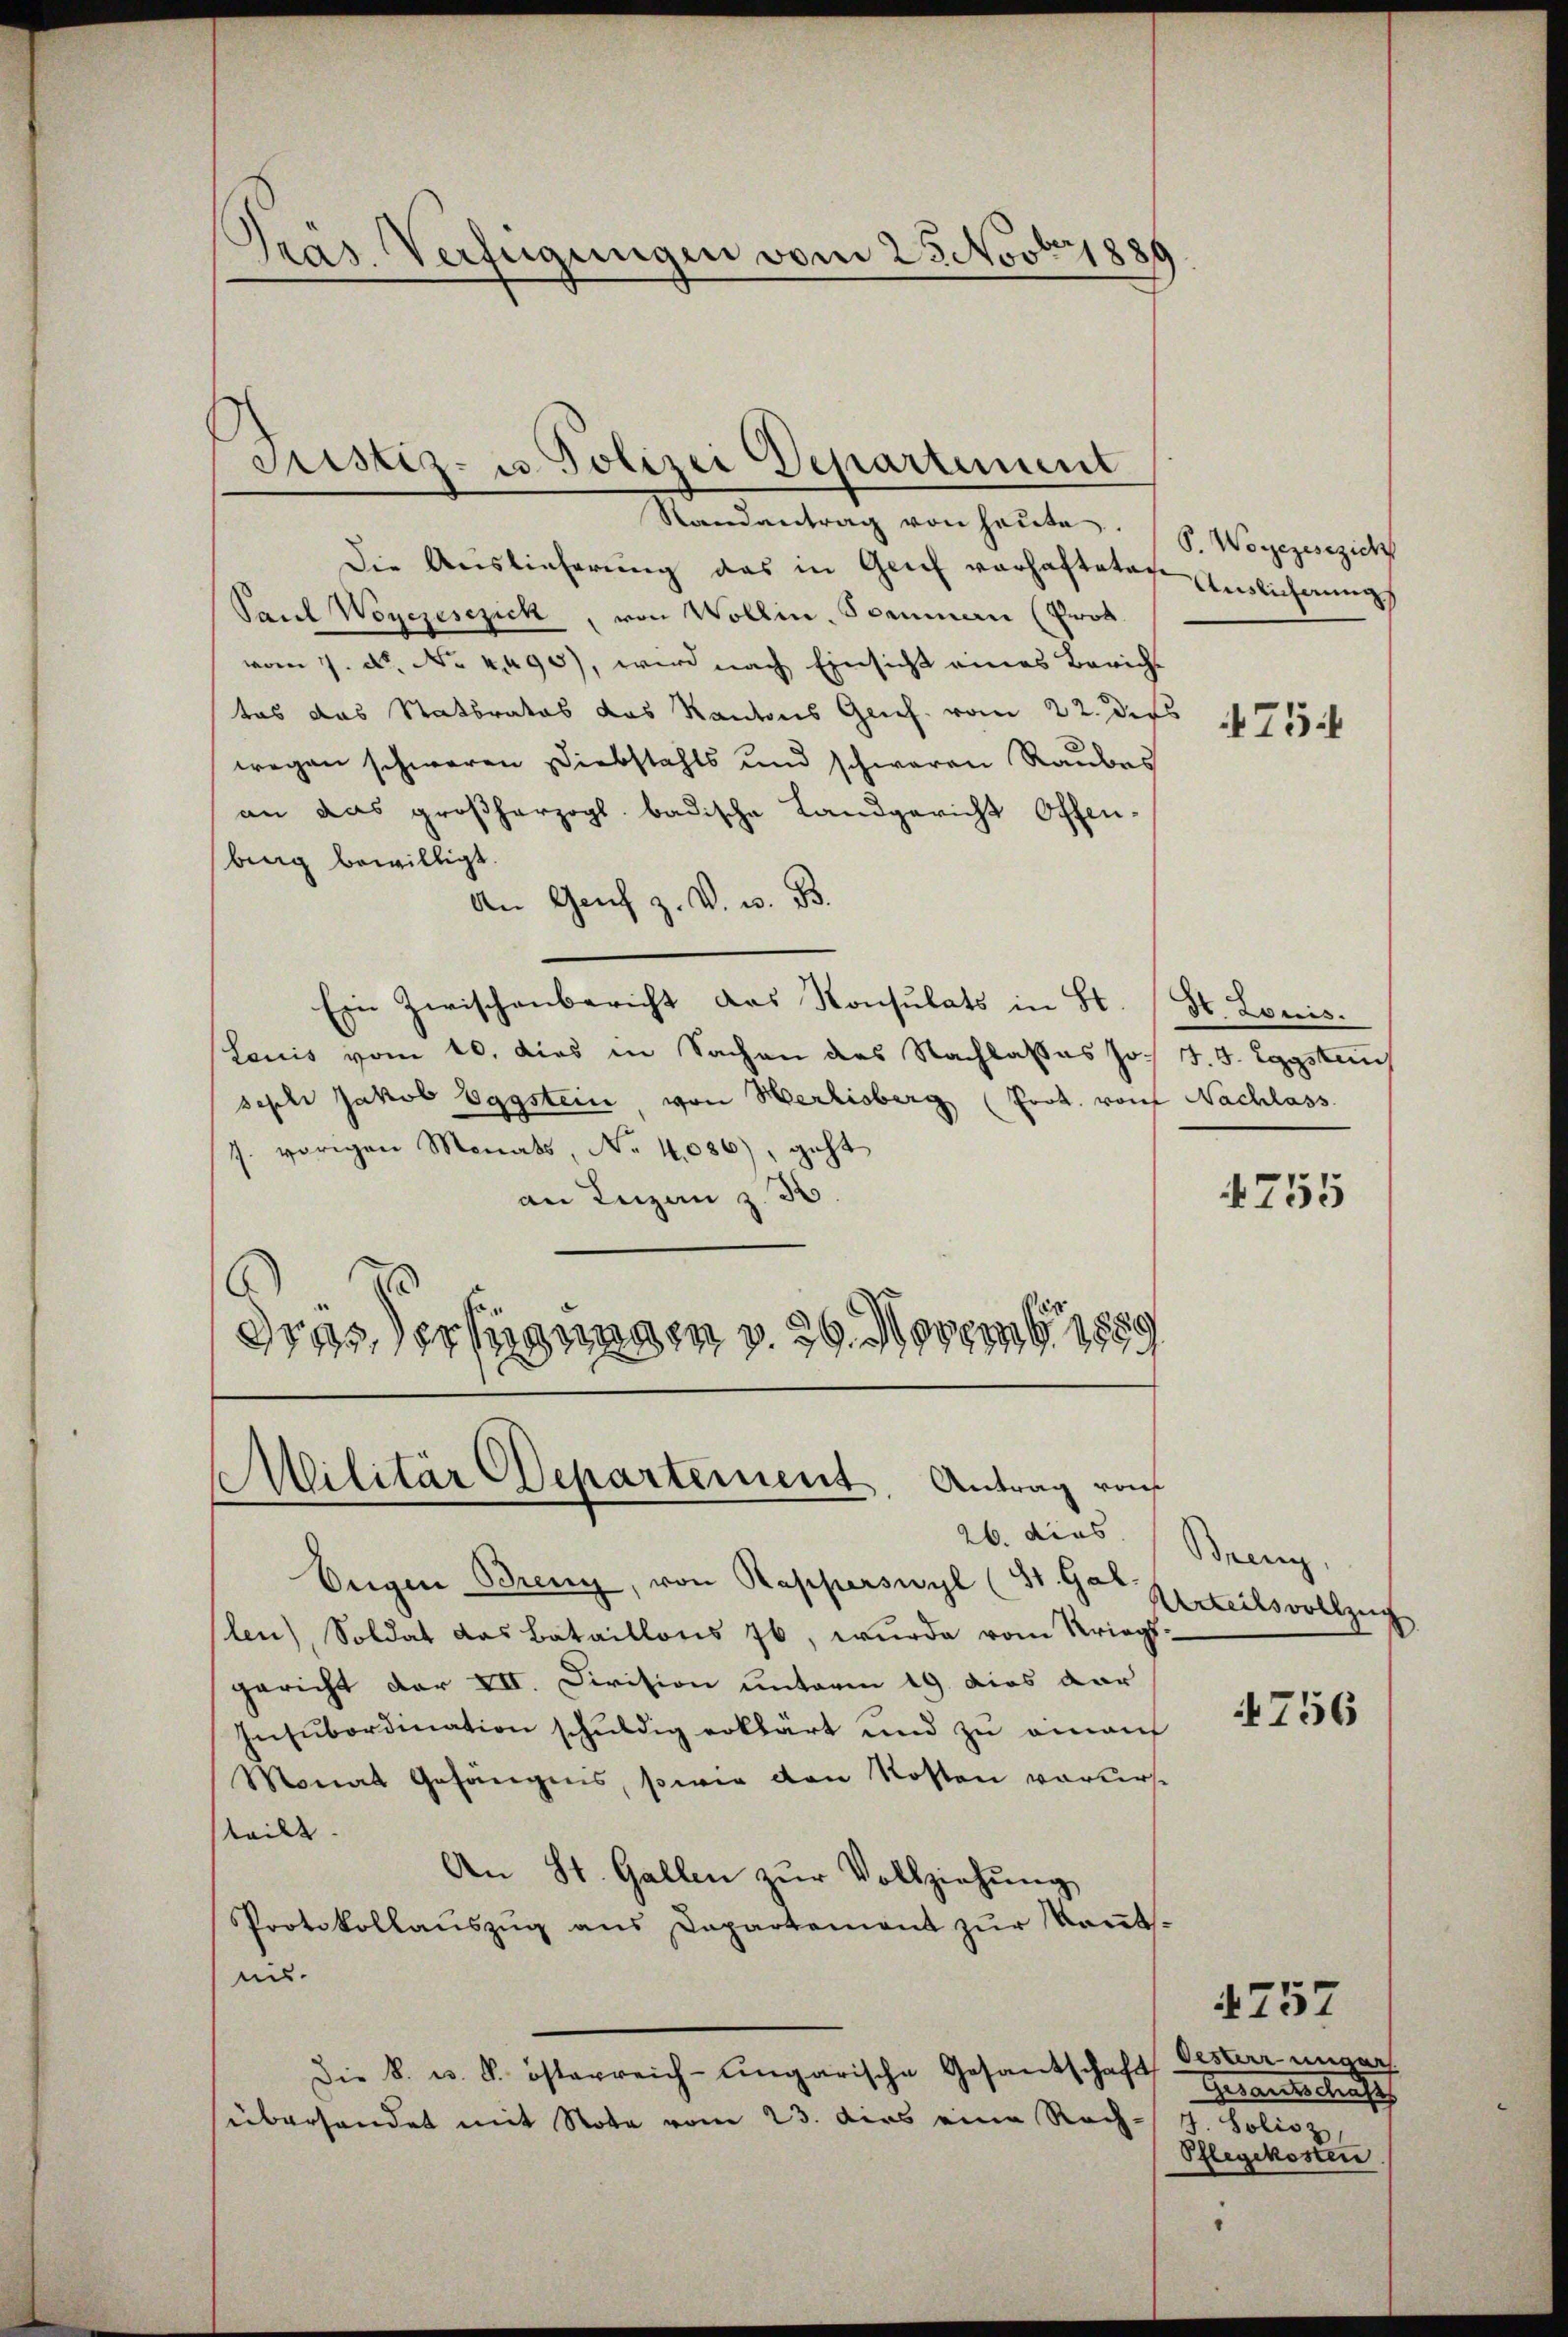
Die Auslieferung das in Greif verhafteten Einlichnungs
Paul Wogegesezick, von Wollin. Sommen (Prot.
vom 1. N. No. 4490), wird nach Einsicht eines Bericht
tas das Statbrates das Kantons Genf. vom 22. Dies
wegen schweren Diebstahls und schweren Raubes
an das großherzogs badische Landgericht Offen-
berig bewilligt.
An Genf z. B. w. B.
Ein Zwischenbericht das Konsulats in St. (St. Louis.
Louis vom 10. dies in Sachen des Nachlasses Jo. J. J. Eggstung
seph Jakob Eggstein von Merlisberg (Prot. von Nachlass
J. vorigen Monats, No 4,086), geht
an Luzen z. 33.
dres Verfügungen v. 26. Novemb. 1889.

Prás Verfügungen vom 23. Novbr. 1886

Justiz- u. Polizei Departement
Randantrag von heŭte.

Militär Departement. Antrag von

26. dies
Eugen Breng, von Kapperswyl (St. Gal-
(len), Soldat das Bataillons 76, wurde vom Kriegs-
gericht der VII. Division unterm 19. dies dar
Insubordination schuldig erklärt und zu einauf
Monat Gefängnis, sowie den Kosten vorerst
steilt.
An St. Gallen zŭr Vollziehung
Protokollaŭszŭg ans Dapartement zŭr Keṅt-
un
Die k. u. k. österreich-ungarische Gesandschaft
überhandet mit Note vom 23. dies eine Rach- J. Solisz

P. Wogegesezich

475.

4755

Bein.
Urteilsvollzug

756

Oester unger
Geraus diese
Pflegekosten

4757